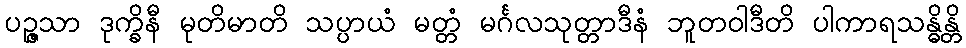
ပဉ္ဇသာ ဒုက္ခိနီ မုတိမာတိ သပ္ပာယံ မတ္တံ မင်္ဂလသုတ္တာဒီနံ ဘူတဝါဒီတိ ပါကာရသန္ဓိန္တိ